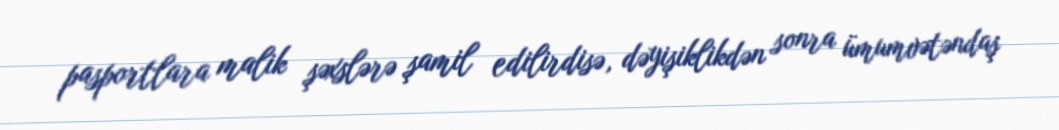
pasportlara malik şəxslərə şamil edilirdisə, dəyişiklikdən sonra ümumvətəndaş